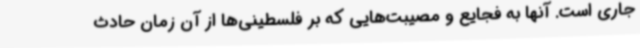
جاری است. آنها به فجایع و مصیبت‌هایی که بر فلسطینی‌ها از آن زمان حادث